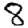
Digit: 8